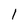
Character: 1